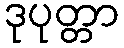
ဒုပုတ္တာ